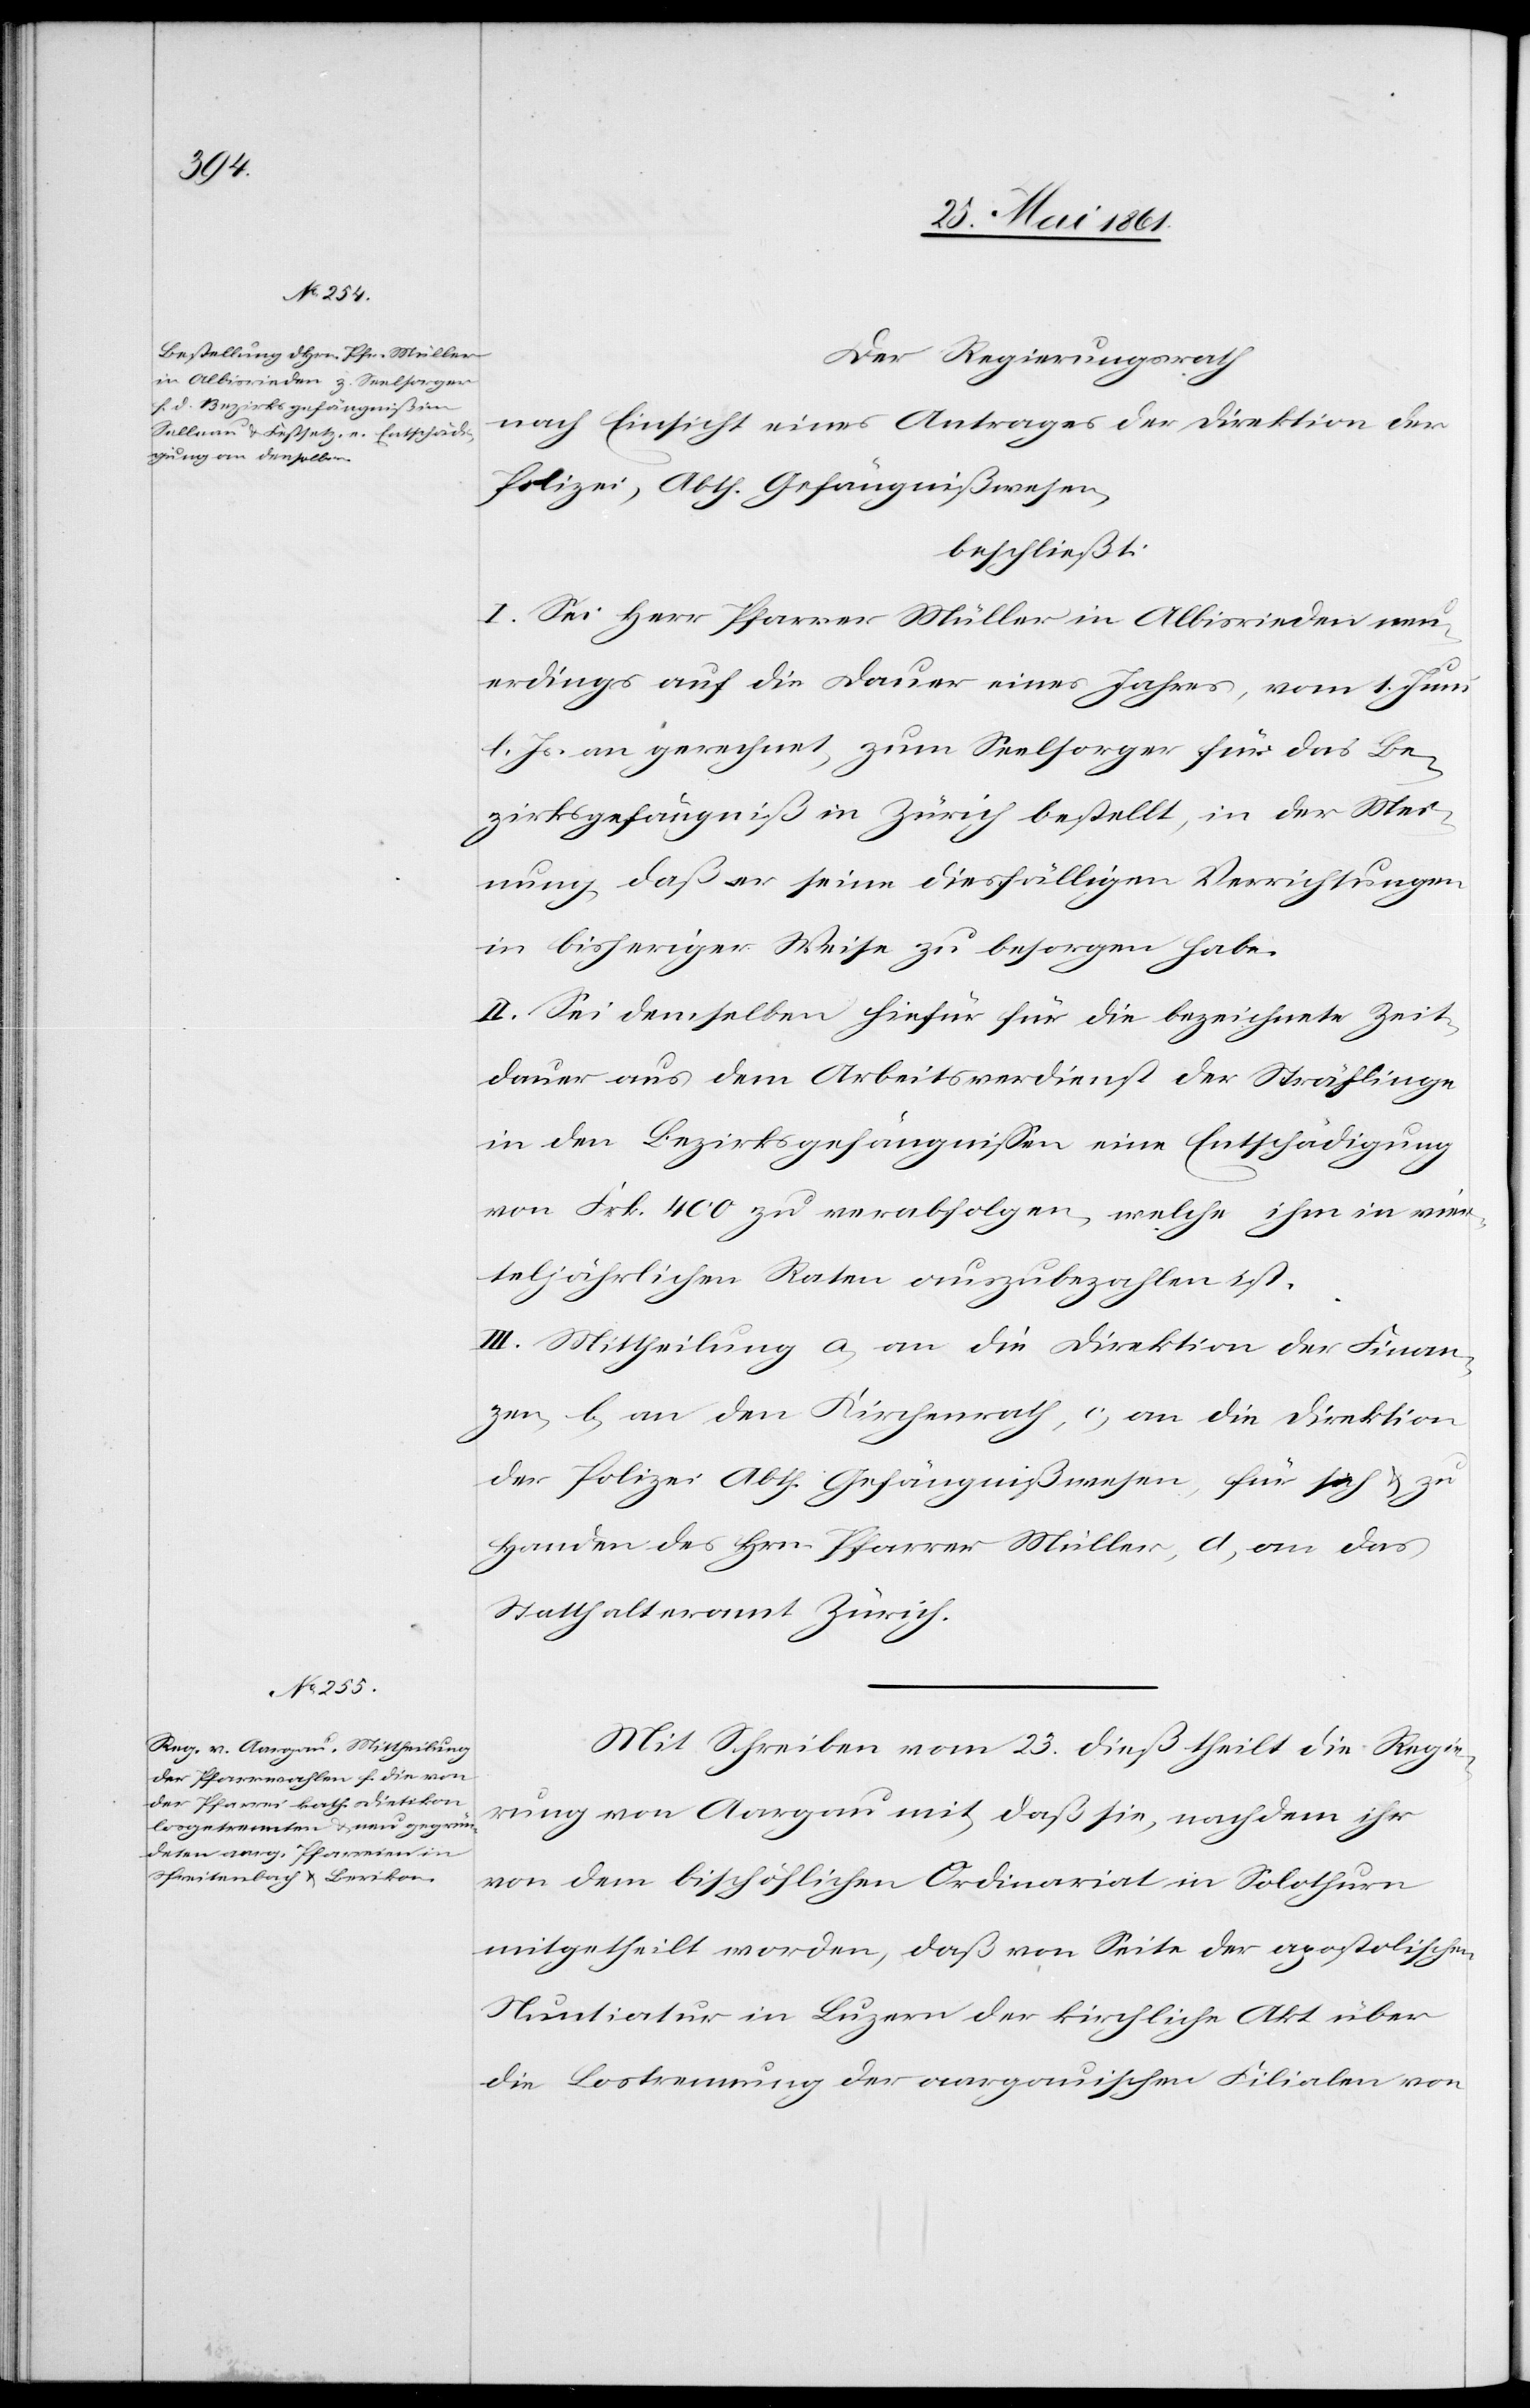
Der Regierungsrath
nach Einsicht eines Antrages der Direktion der
Polizei, Abth. Gefängnißwesen,
beschließt:
I. Sei Herr Pfarrer Müller in Albisrieden neu¬
erdings auf die Dauer eines Jahres, vom 1. Juni
l. Js. an gerechnet, zum Seelsorger für das Be¬
zirksgefängniß in Zürich bestellt, in der Mei¬
nung, daß er seine diesfälligen Verrichtungen
in bisheriger Weise zu besorgen habe.
II. Sei demselben hiefür für die bezeichnete Zeit¬
dauer aus dem Arbeitsverdienst der Sträflinge
in den Bezirksgefängissen eine Entschädigung
von Frk. 400 zu verabfolgen, welche ihm in vier¬
teljährlichen Raten auszubezahlen ist.
III. Mittheilung a) an die Direktion der Finan¬
zen, b) an den Kirchenrath, c) an die Direktion
der Polizei Abth. Gefängnißwesen, für sich u. zu
Handen des Hrn. Pfarrer Müller, d) an das
Statthalteramt Zürich.
Mit Schreiben vom 23. dieß theilt die Regie¬
rung von Aargau mit, daß sie, nachdem ihr
von dem bischöflichen Ordinariat in Solothurn
mitgeteilt worden, daß von Seite der apostolischen
Nuntiatur in Luzern der kirchliche Akt über
die Lostrennung der aargauischen Filialen von